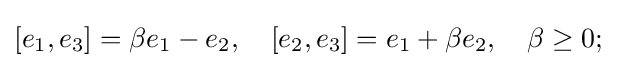
[e_{1},e_{3}]=\beta e_{1}-e_{2},\quad [e_{2},e_{3}]=e_{1}+\beta e_{2},\quad \beta \geq 0;